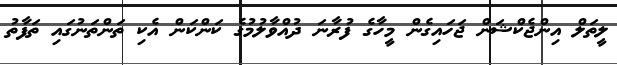
ލީތަލް އިންޖެކްޝަން ޖަހައިގެން މީހާގެ ފުރާނަ ދުއްވާލުމުގެ ކަންކަން އެކި ތަންތަނުގައި ތަފާތު